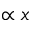
\propto x